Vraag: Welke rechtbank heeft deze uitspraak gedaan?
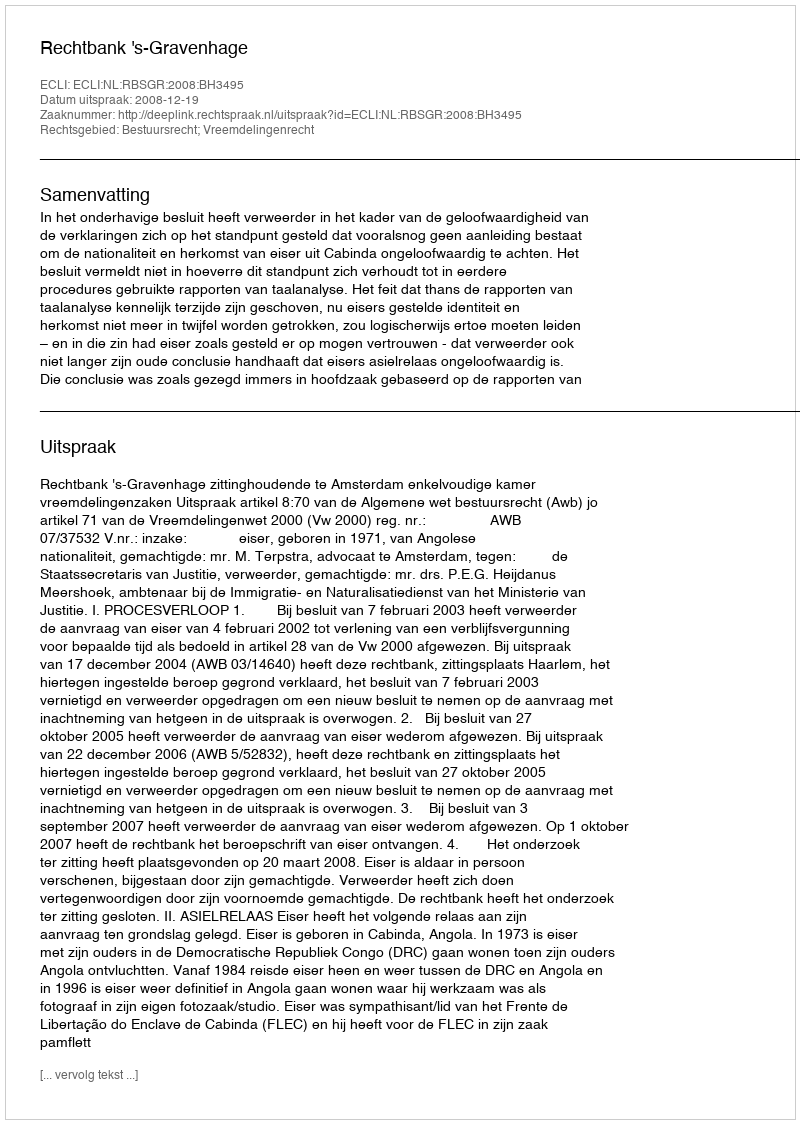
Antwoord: Rechtbank 's-Gravenhage